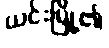
ယင်းမြို့၏